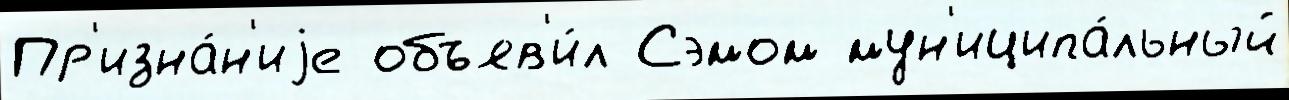
Пр'изна́н'иjе объяв'и́л Сэмом мун'иципа́льный